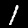
Label: 1